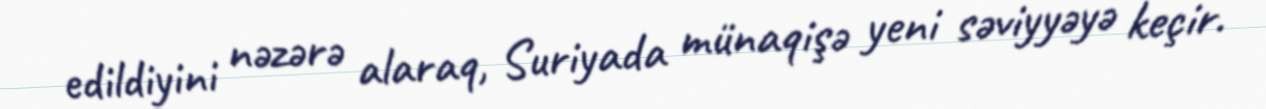
edildiyini nəzərə alaraq, Suriyada münaqişə yeni səviyyəyə keçir.